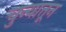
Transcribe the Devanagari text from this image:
चुन्यातून